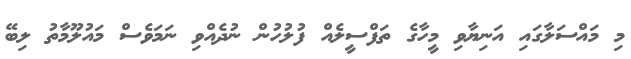
މި މައްސަލާގައި އަނިޔާވި މީހާގެ ތަފްސީލެއް ފުލުހުން ނުދެއްވި ނަމަވެސް މައުލޫމާތު ލިބޭ